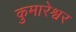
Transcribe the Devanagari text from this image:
कुमारेश्वर